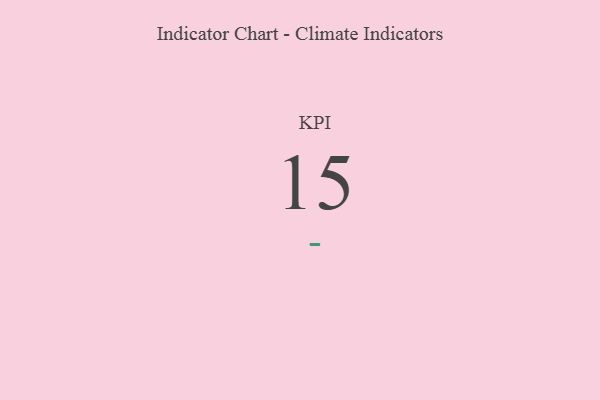
{"axis": {"x": "KPI", "y": "Value"}, "legend": [""], "data": [{"x": "KPI", "y": 15, "type": ""}]}